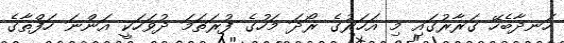
ހަނދާބެހޭ ގަރާރުގައި މި އަހަރުގެ ރޯދަ މަހުގެ ފުރަތަމަ ދުވަހަކީ އަންނަ ހަފްތާގެ